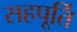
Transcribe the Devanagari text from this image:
सहपूर्ति